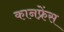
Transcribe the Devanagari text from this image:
कानफ्रेंस